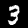
Label: 3